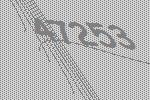
47253